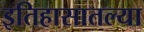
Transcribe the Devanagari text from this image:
इतिहासातल्या